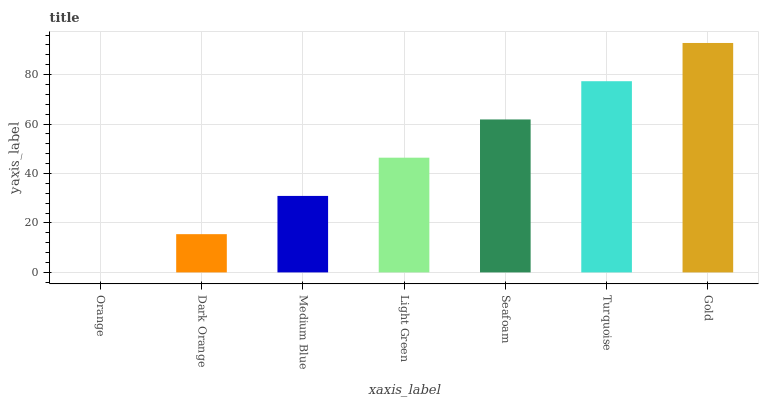
| xaxis_label | bars |
 | --- | --- |
 | Orange | 0 |
 | Dark Orange | 15.5 |
 | Medium Blue | 30.9 |
 | Light Green | 46.4 |
 | Seafoam | 61.9 |
 | Turquoise | 77.3 |
 | Gold | 92.8 |